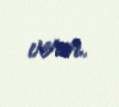
verir.